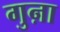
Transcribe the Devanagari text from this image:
गुऩा